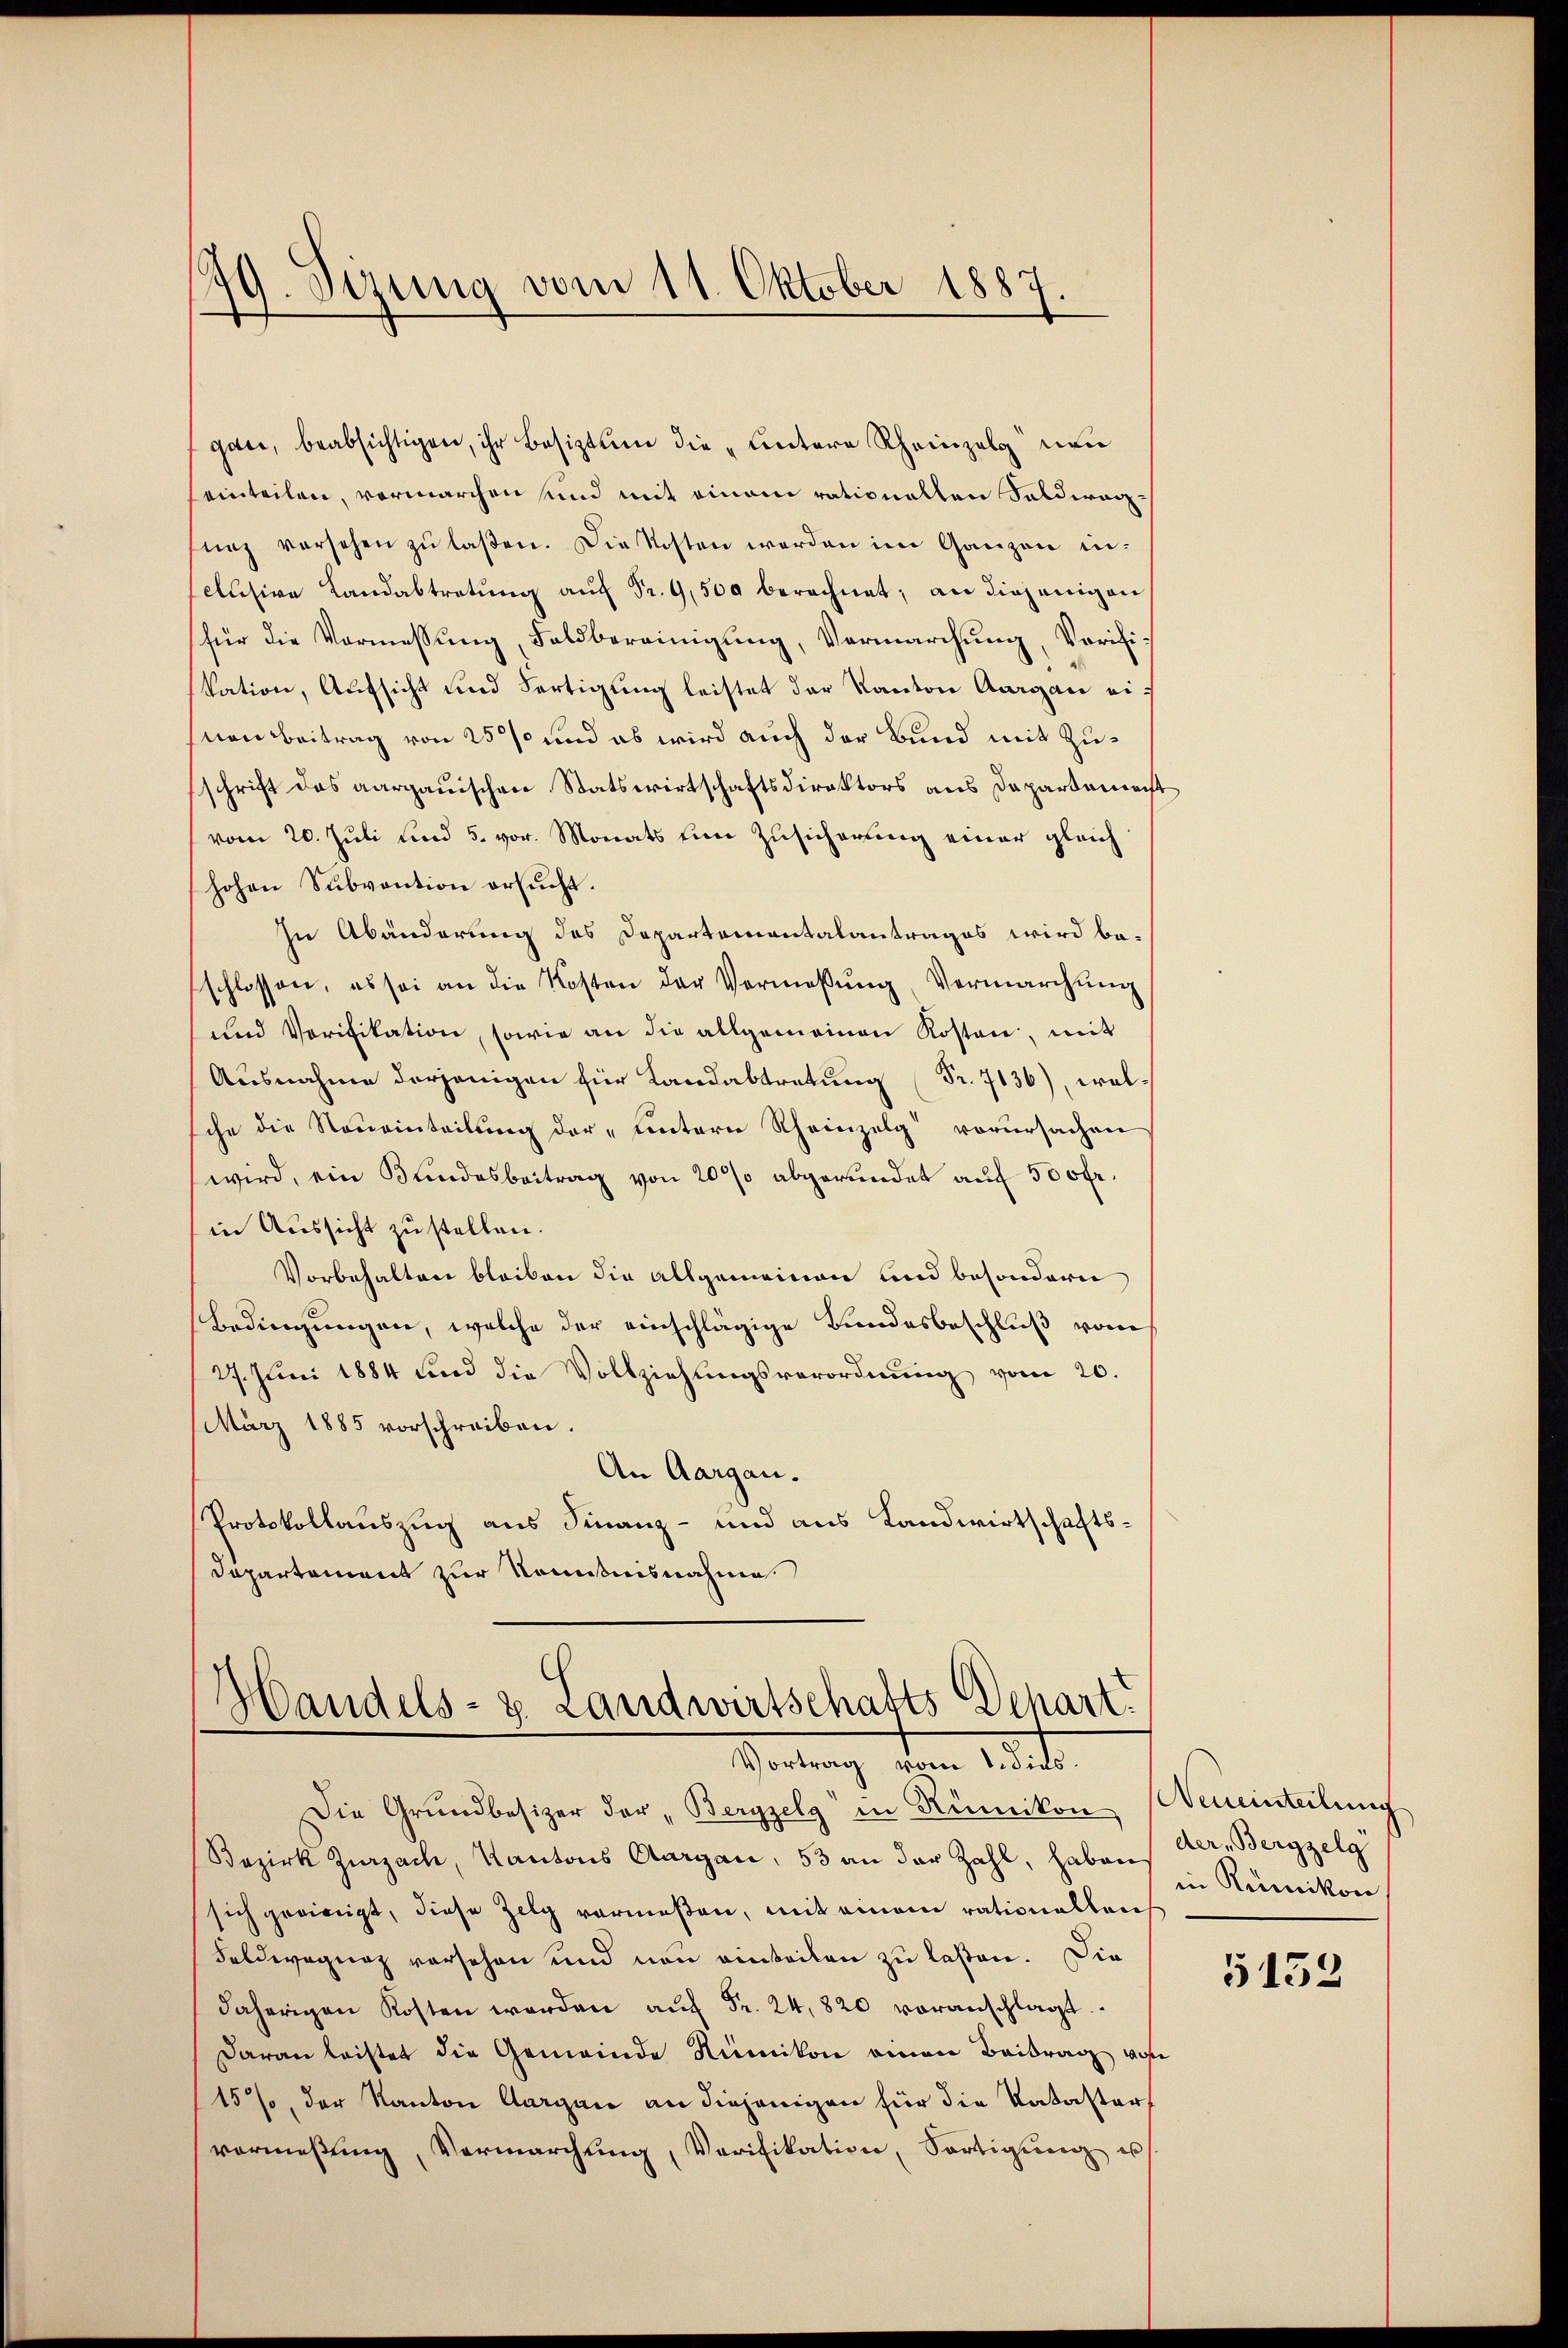
79. Sizung vom 11. Oktober 1887.

gat, beabsichtigen, ihr Besiztung die „Untere Rheinzelg von
einteilen, vermarchen sind mit einem rationellen Soldarzunz versehen zŭ laßen. Die Kosten werden im Ganzen inclusive Landabtretung auf Fr. 9,500 berechnet; an diejenigen
für die Vormessung, Feldbereinigung, Vermarchung, Verifi-
kation, Aufsicht und Fertigung leistet der Kanton Aargau einonBeitrag von 25% und es wird auch der Bund mit Zuschrift des aargauischen Statswirtschaftsdirektors aus Dapartement
vom 20. Jŭli und 5. vor. Monats ein Zŭsicherung einer gleich
hohen Subvention ersucht.
In Abänderung des Departementalantrages wird beschlossen, es sei an die Kosten der Vermassŭng, Vermarchŭng
und Verifikation, sowie an die allgemeinen Kosten, mit
Ausnahme derjenigen für Landabtretung Fr. 7136), welche die Neueinteilung der „untern Rheinzelg vorursachen
wird, ein Bundesbeitrag von 20% abgeründet auf 500 fr.
in Aussicht zu stellen.
Vorbehalten bleiben die allgemeinen und besondern
Bedingungen, welche der einschlägige Bundesbeschluß vom
27. Juni 1884 und die Vollziehungsverordnung vom 20.
März 1885 vorschreiben.
An Aargau.
Protokollauszug aus Finanz- und aus Landwirtschafts¬
Dapartement zur Komitnisnahme

Handels- u. Landwirtschafts Depart.
Teilung deren Art.

Die Grundbesizer der „Beryzelg" in Rümikon Neueinteilung
Bezirk Zurzach, Kantons Aargau, 53 an der Zahl, habens der Berggelg
sich geeinigt, diese Zelg vermeßen, mit einem rationellen
Feldwegung vorsehen und non einteilen zu laßen. Die
daherigen Kosten werden aŭf Fr. 24,820 voranschlagt.
Daran leistet die Gemeinde Rümikon einen Beitrag, wose
15% der Kanton Aargau an diejenigen für die Katastervermeßung, Vermarchung, Verifikation, Fortigŭng u

in Rümikon

5133